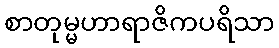
စာတုမ္မဟာရာဇိကပရိသာ